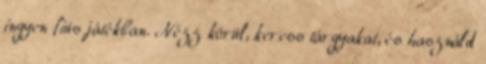
ingyen fiús játékban. Nézz körül, keress tárgyakat, és használd